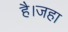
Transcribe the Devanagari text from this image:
है।जहा